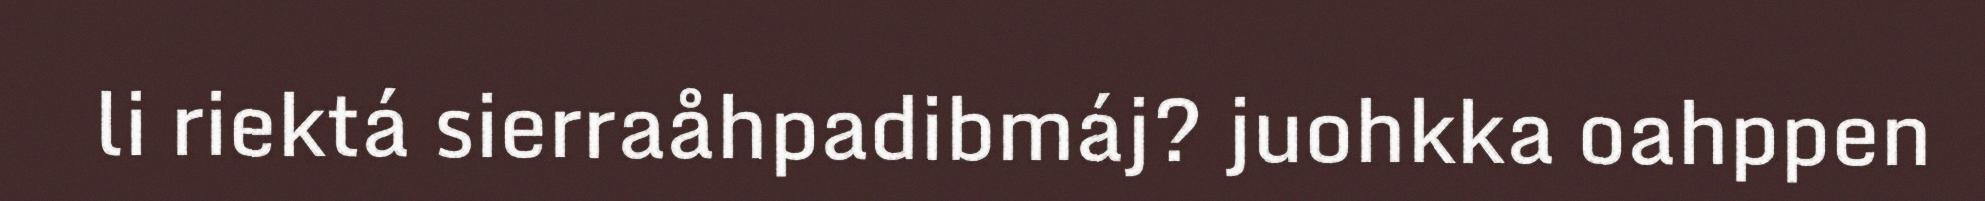
li riektá sierraåhpadibmáj? juohkka oahppen